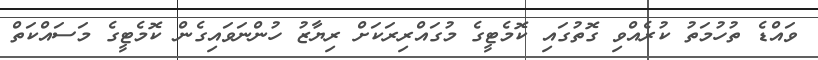
ވައްޑެ ތުހުމަތު ކުރެއްވި ގޮތުގައި ކޮމެޓީގެ މުގައްރިރަކަށް ރިޔާޒު ހުންނަވައިގެން ކޮމެޓީގެ މަސައްކަތް